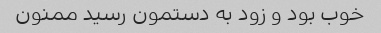
خوب بود و زود به دستمون رسید ممنون